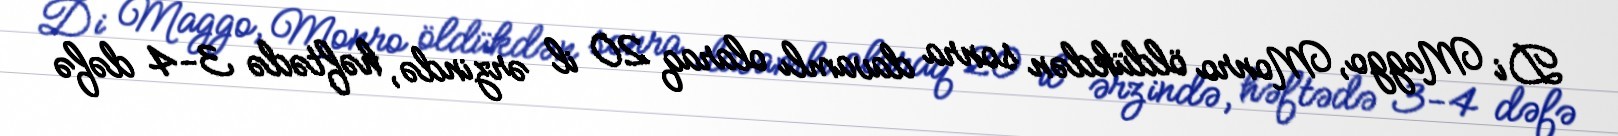
Di Maggo, Monro öldükdən sonra davamlı olaraq 20 il ərzində, həftədə 3-4 dəfə